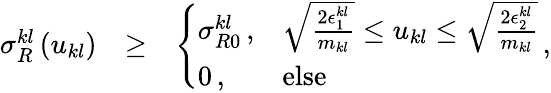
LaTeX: \begin{array}{rlr}{\sigma_{R}^{kl}\left(u_{kl}\right)}&{\ge}&{\left\{ \begin{array}{ll}{\sigma_{R0}^{kl}\, ,}&{\sqrt{\frac{2\epsilon_{1}^{kl}}{m_{kl}}}\le u_{kl}\le\sqrt{\frac{2\epsilon_{2}^{kl}}{m_{kl}}}}\\ {0\, ,}&{\mathrm{else}}\end{array}\right.\, ,}\end{array}